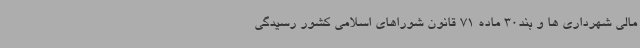
مالی شهرداری ها و بند30 ماده 71 قانون شوراهای اسلامی کشور ‌رسیدگی